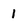
Character: 1